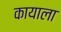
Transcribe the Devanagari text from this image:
कायाला